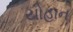
યોહાન